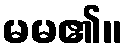
မမ၏။